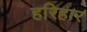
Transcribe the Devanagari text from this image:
हरिहार